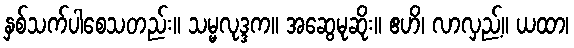
နှစ်သက်ပါစေသတည်း။ သမ္မလုဒ္ဒက။ အဆွေမုဆိုး။ ဧဟိ၊ လာလှည့်။ ယထာ၊